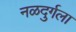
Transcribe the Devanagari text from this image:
नळदुर्गला